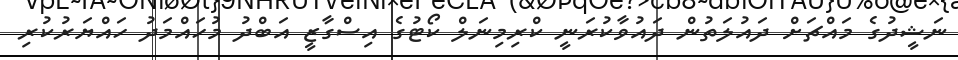
ނަޝީދުގެ މައްޗަށް ދައުލަތުން ދައުވާކުރަނީ ކްރިމިނަލް ކޯޓުގެ އިސްގާޒީ އަބްދު މުހައްމަދު ހައްޔަރުކުރި